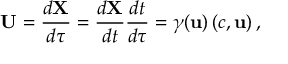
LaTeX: \mathbf { U } = { \frac { d \mathbf { X } } { d \tau } } = { \frac { d \mathbf { X } } { d t } } { \frac { d t } { d \tau } } = \gamma ( \mathbf { u } ) \left( c , \mathbf { u } \right) ,